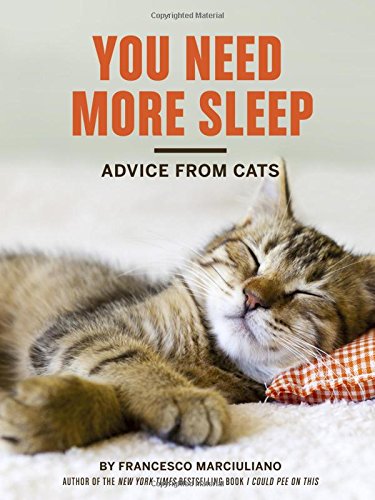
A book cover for You Need More Sleep: Advice from Cats; Francesco Marciuliano; Humor & Entertainment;